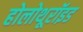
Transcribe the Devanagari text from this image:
होलोथूरॉइड